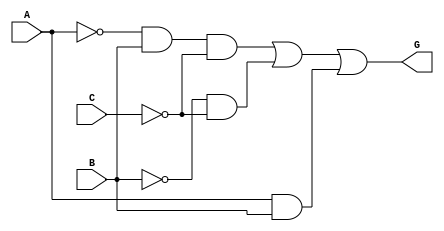
`timescale 1ps/1ps

module  Lab2_QuezadaEric (
    input A, input B, input C, output G
);
assign G = (~A&B&~C) | (~B&~C) | (A&B);
    
endmodule